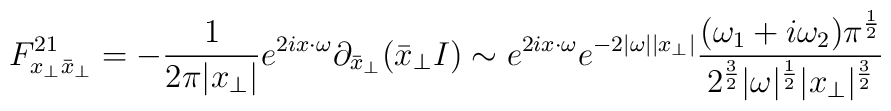
F_{x_\perp \bar x_\perp}^{21}=- \frac{1}{2\pi |x_\perp|}e^{2ix\cdot\omega}\partial_{\bar x_\perp}(\bar x_\perp I)\sim e^{2ix\cdot \omega}e^{-2|\omega||x_\perp|}{(\omega_1+i\omega_2)\pi^{{1\over2}}\over{2^{{3\over2}}|\omega|^{{1\over2}}|x_\perp|^{{3\over2}}}}